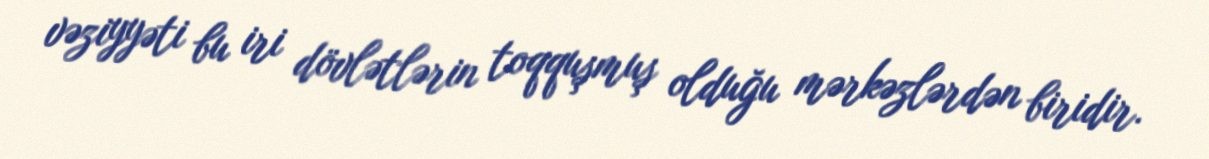
vəziyyəti bu iri dövlətlərin toqquşmuş olduğu mərkəzlərdən biridir.